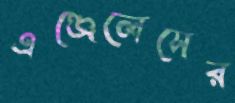
এঞ্জেলেসের